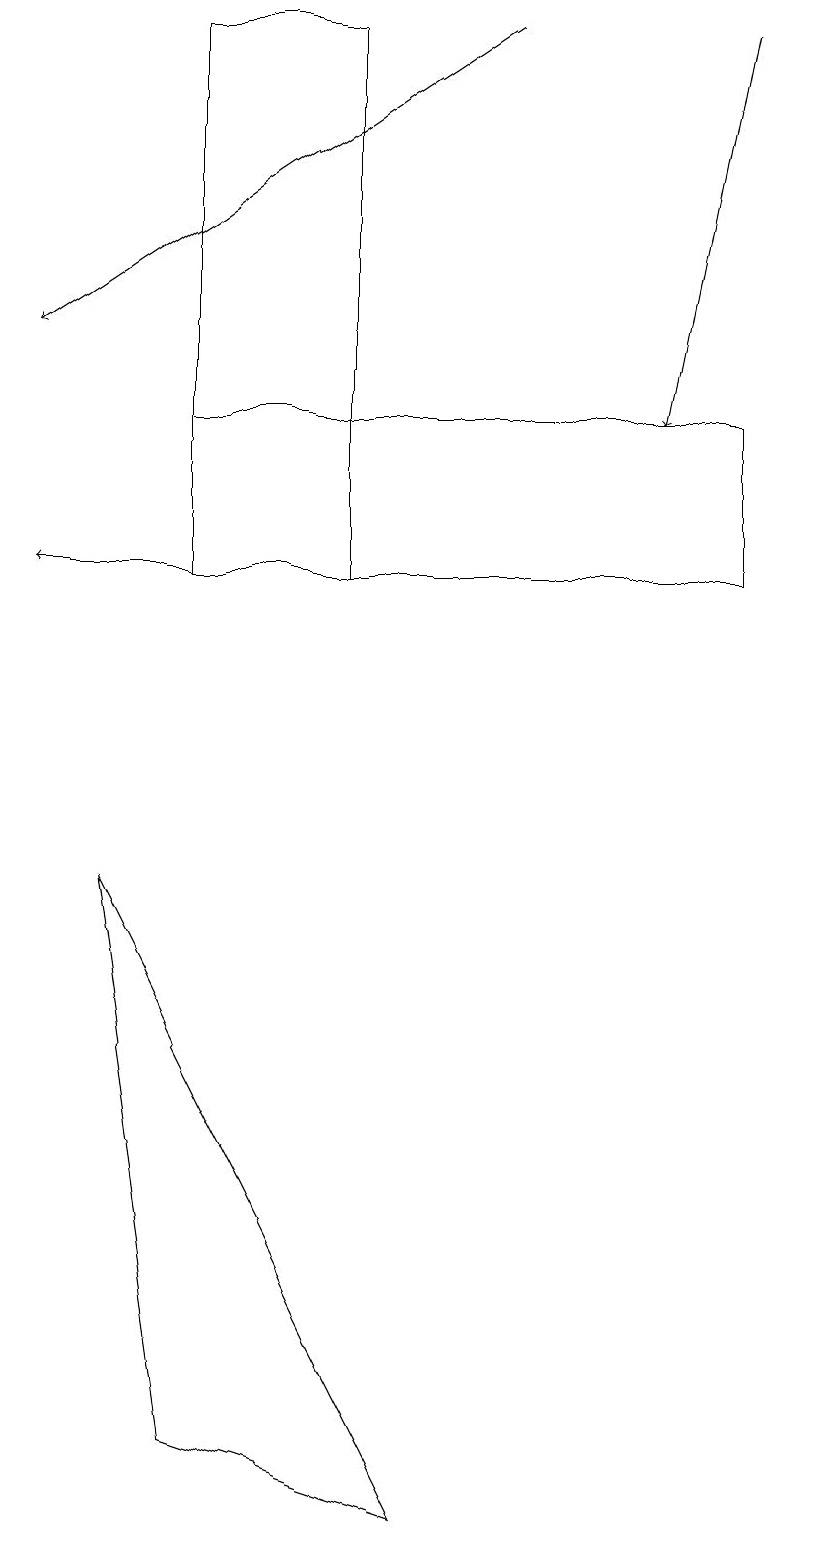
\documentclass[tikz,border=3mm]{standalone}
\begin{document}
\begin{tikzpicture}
\draw[->] (9,19) -- (8,14);
\draw (2,14) rectangle (9,12);
\draw (1,8) -- (5,0) -- (2,1) -- cycle;
\draw[->] (6,19) -- (0,15);
\draw (2,19) rectangle (4,12);
\draw[->] (5,12) -- (0,12);
\draw (10,10) circle (0);
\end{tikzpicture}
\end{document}